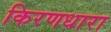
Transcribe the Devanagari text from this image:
किरणधारा